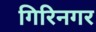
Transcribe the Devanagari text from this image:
गिरिनगर